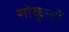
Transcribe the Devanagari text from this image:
सोकुर्ली